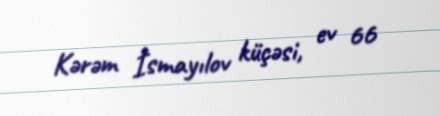
Kərəm İsmayılov küçəsi, ev 66